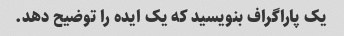
یک پاراگراف بنویسید که یک ایده را توضیح دهد.